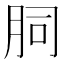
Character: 䏤